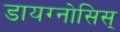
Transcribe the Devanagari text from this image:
डायग्नोसिस्